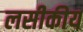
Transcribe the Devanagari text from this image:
लसीकीय